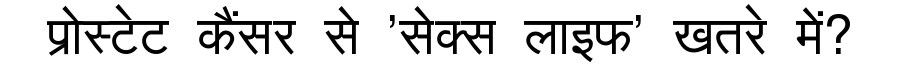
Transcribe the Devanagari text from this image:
प्रोस्टेट कैंसर से 'सेक्स लाइफ' खतरे में?